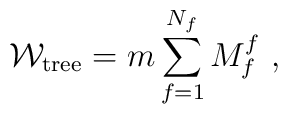
{\cal W}_{\rm tree} = m\sum_{f=1}^{N_f} M_f^f~,